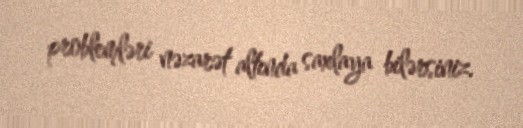
problemləri nəzarət altında saxlaya bilərsiniz.